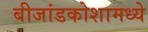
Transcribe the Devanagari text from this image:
बीजांडकोशामध्ये